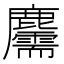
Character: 𪋯